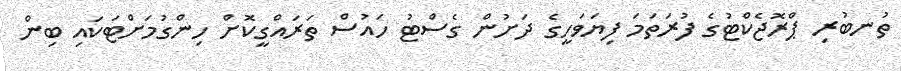
ތުނބުރި ޕްރޮޖެކްޓުގެ ފުރަތަމަ ފިޔަވަހީގެ ދަށުން ގެސްޓު ހައުސް ތަރައްގީކޮށް ހިންގުމަށްޓަކައި ބިން